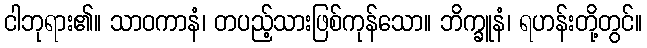
ငါဘုရား၏။ သာဝကာနံ၊ တပည့်သားဖြစ်ကုန်သော။ ဘိက္ခူနံ၊ ရဟန်းတို့တွင်။